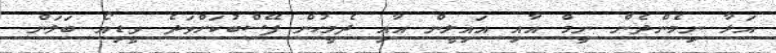
އަޅާ ނިމެންދެން ނީމް އާއި އައިލީން އާއި ދެމީހުން ފޭސްބުކަށްވަދެ ވީޑިއޯ ބަލަން